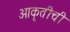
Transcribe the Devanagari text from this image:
आकृतीची